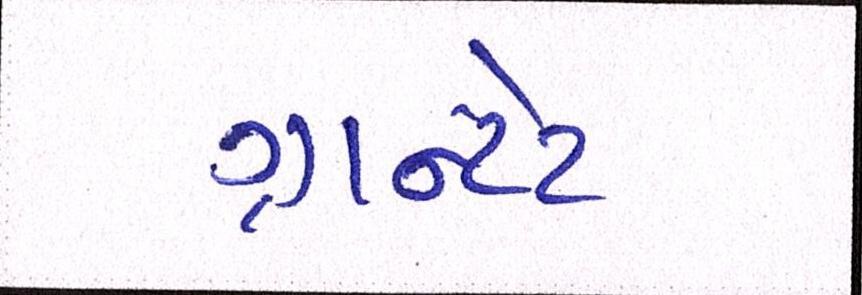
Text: ગ્રાન્ટેડ